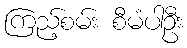
ကြည့်စမ်း စီမံပါဦး